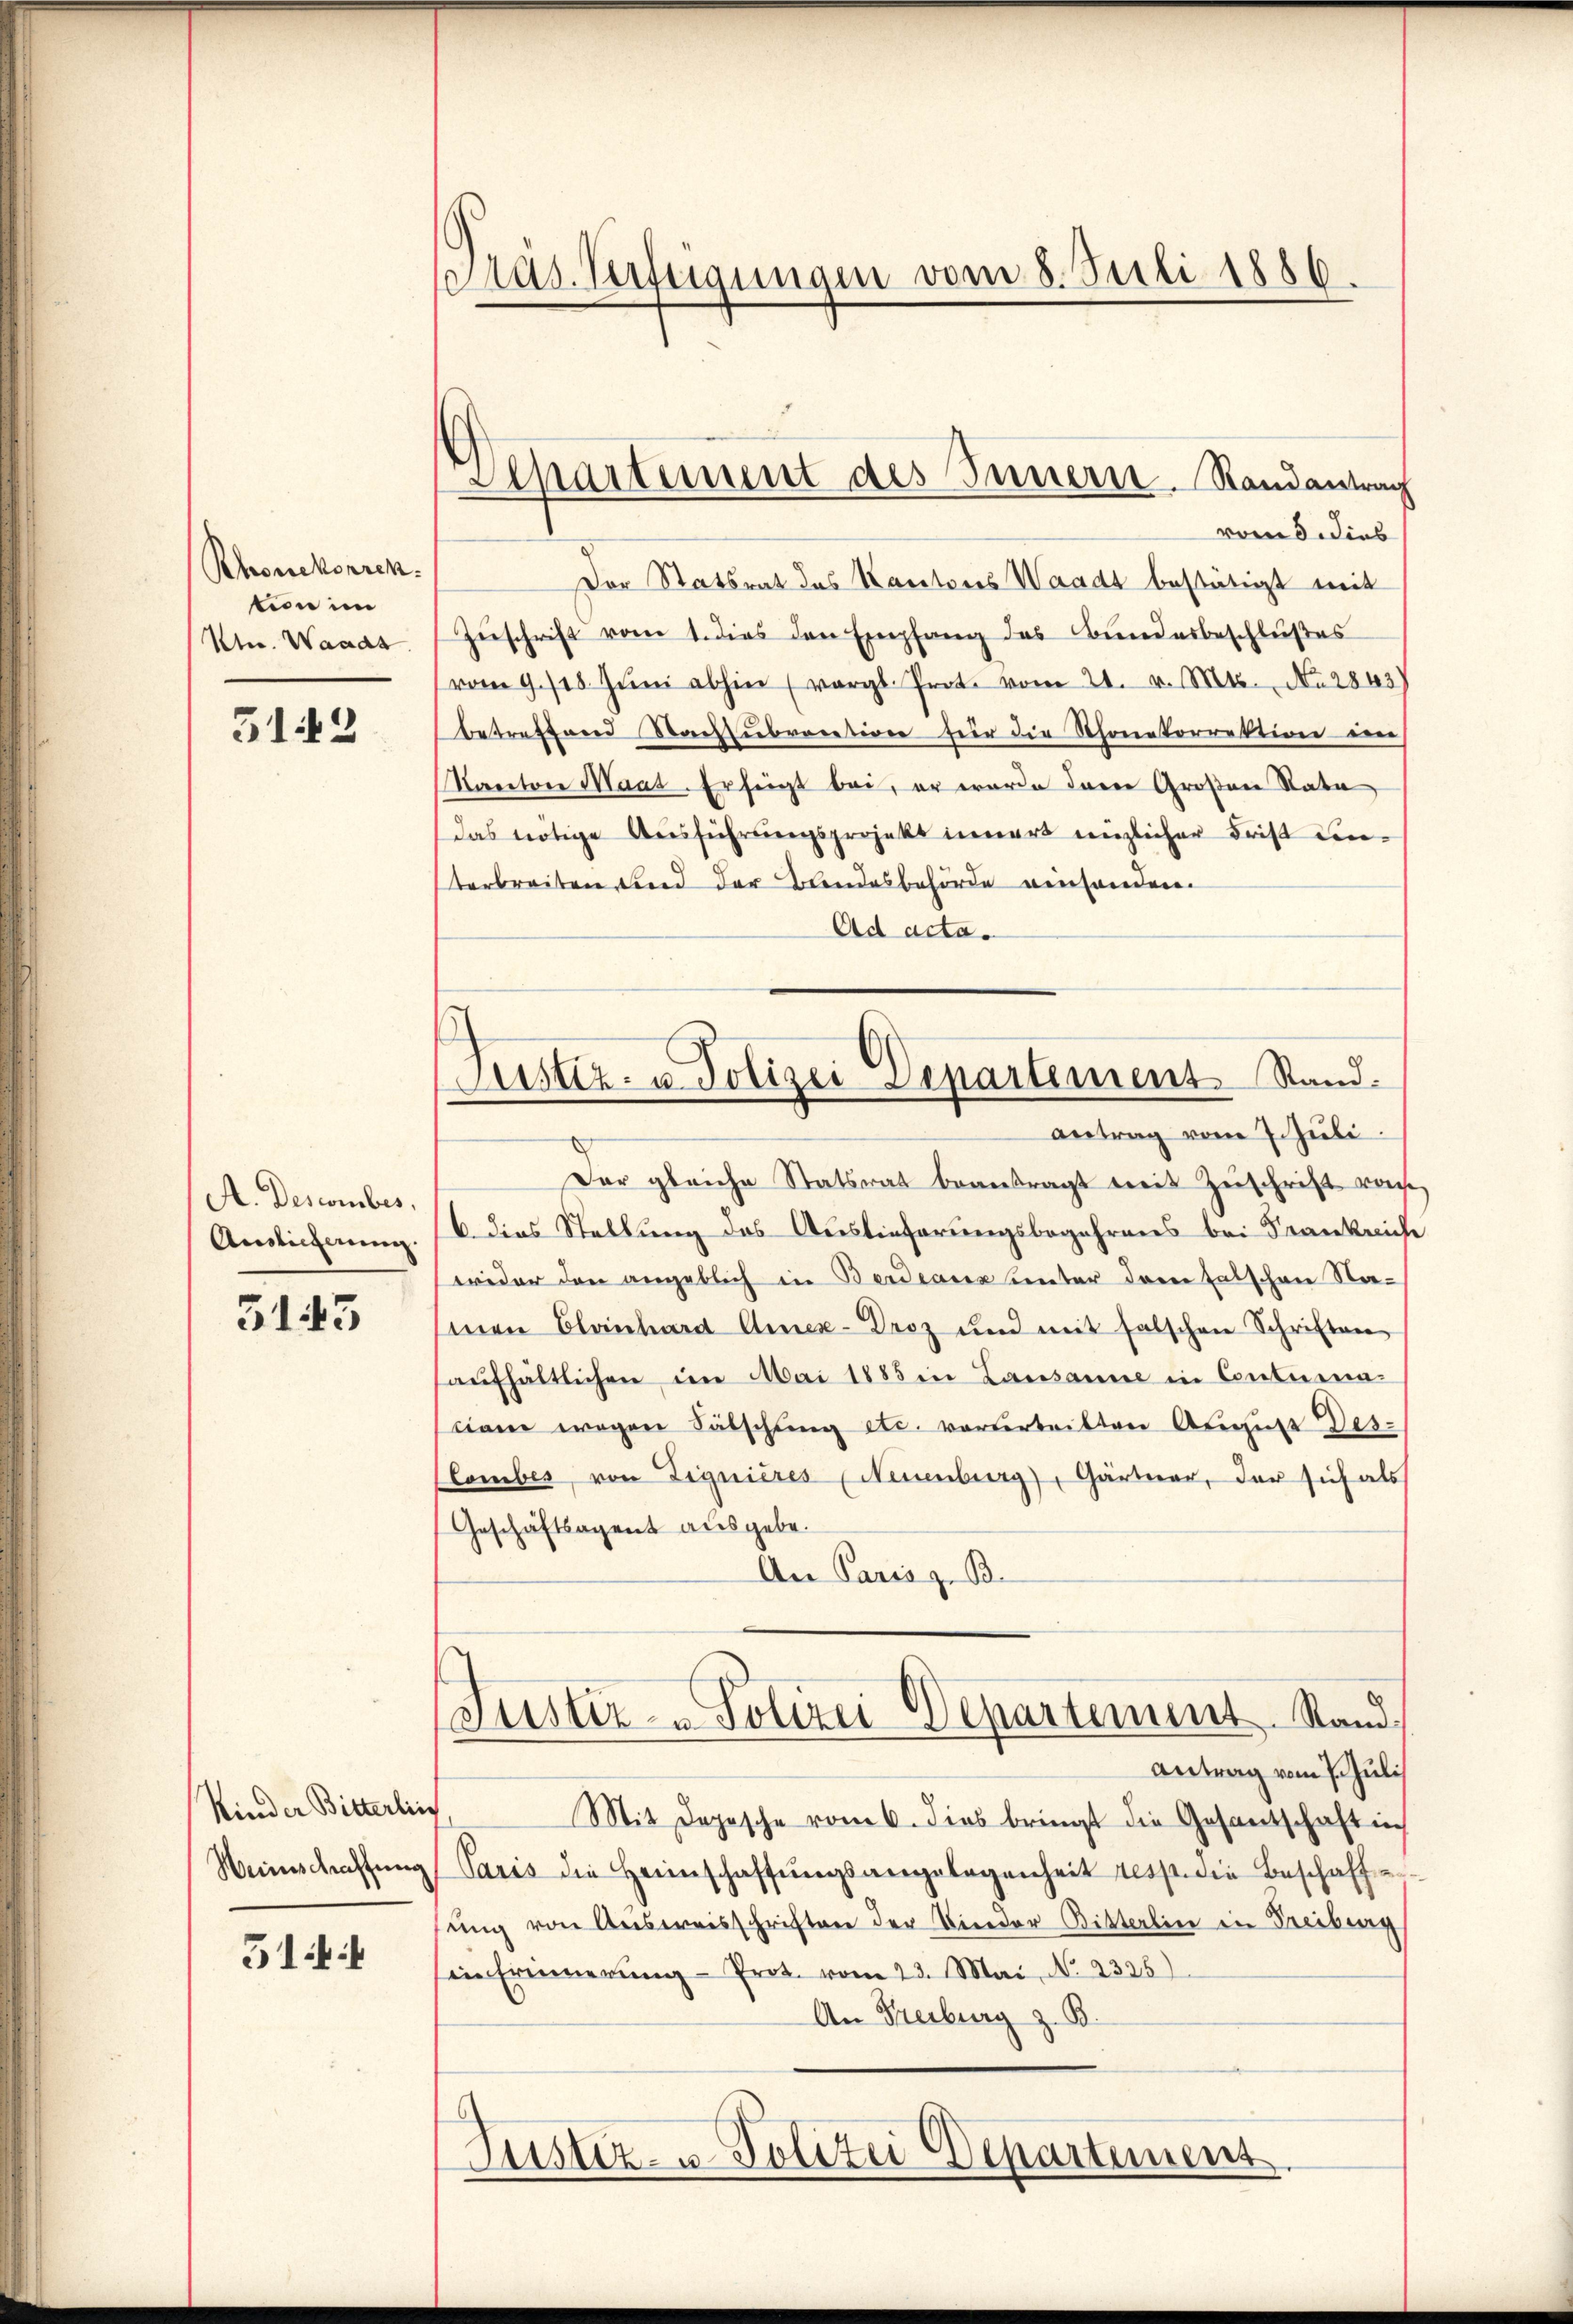
Rhonekorrek
tion im
Ven. Waadt
3142

A. Descember.
Auslicherung.

5143

Kinder Bitterlin
Weinschaffung

3144

Präs. Verftigungen vom 8. Juli 1886.

Separtement des Innern. Randantrag

Justiz- u. Polizei Departement Stand.
antrag vom 7. Juli.

vom 5. dies
Der Statsrat des Kantons Waadt bestätigt mit
Zuschrift vom 1. dies den Empfang des Bundesbeschlußes
vom 9. 118. Jŭni abhin (vergl. Prot. vom 21. v. Mts. No 2843)
betreffend Nachsubvention für die Schonetorrektion im
Raectore Maat. Erfeigt bei, er wurde davon Großen Rata
das nötige Ausführungsprojekt innert enzlicher Frist ein-
terbreiten und der Bandesbehörde verhanden.
Ad acta.
Der gleiche Statsrat beantragt weit Zuschrift von
6 dies Stellung des Auslieferungsbegehrens bei Frankreich
wider den angeblich in Berdienz unter dem Falschen Noseren Clainhard Amex-Droz und mit falschen Schriften
aŭfhältlichen im Mai 1885 in Lausanne in Contura-
ciam wegen Fälschling etc. verurteilten Armine Des-
lombes, von Lignieres (Neuenburg, Gärtner, der sich als
Geschäftsagent ausgebe.
An Paris z. B.
Justiz- & Polizei Departement. Stand
Antrag vom 7. Juli
Mit Depesche vom 6. dies bringt die Gesantschaft in
Paris die Heimschaffŭngsangelegenheit resp. die Beschaffen
ŭng von Ausweisschriften der Wieder Bitterlin in Freiburg
in Erinnerung - Prot. vom 23. Mai, No 2325)
An Freiburg z. B.
6
Justiz- u. Polizei Departeinens.